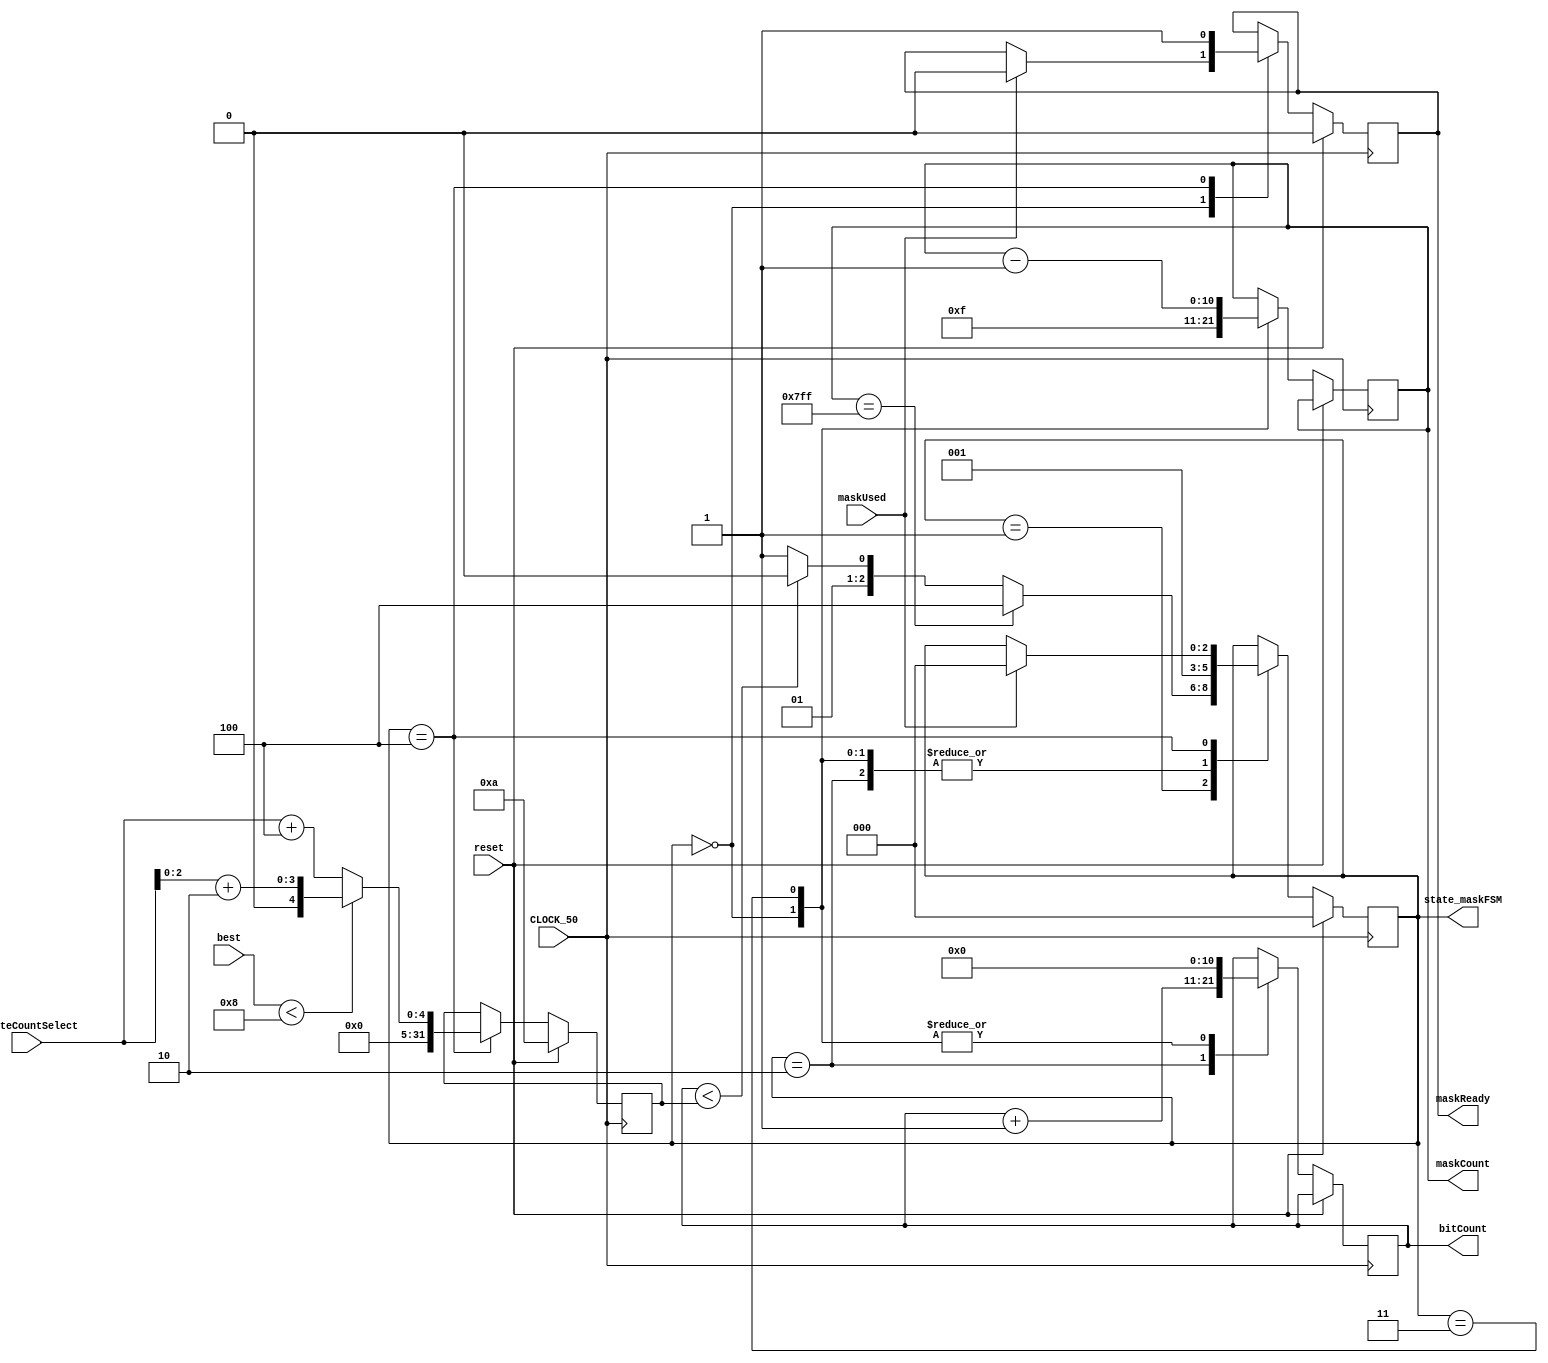
`timescale 1ns/1ns
module maskFSM(CLOCK_50,reset,maskUsed,mutateCountSelect,best,state_maskFSM,maskReady,bitCount,maskCount);
parameter geneBit = 80;
parameter mutationMaskCount = 16;
parameter bitCountMutate = 7;
parameter mutateCountSelectBit = 4;
parameter primaryInputCount = 8;

parameter initial_maskFSM = 3'b000,
			 bitChange_maskFSM = 3'b001,
			 bitCount_maskFSM = 3'b010,
			 maskCount_maskFSM = 3'b011,
			 maskReady_maskFSM = 3'b100,
			 finished_maskFSM = 3'b101;
			 
			 
input CLOCK_50,reset,maskUsed;
//input []mutateBit;
//input [bitCountMutate-1:0]partialRandom;
input [mutateCountSelectBit-1:0]mutateCountSelect;
//input [bitCountMutate-1:0]partialRandom;
input [primaryInputCount+1:0]best;
output reg [2:0]state_maskFSM;
output reg maskReady;
output reg [10:0]bitCount;
//output reg [7:0]state_maskFSM;
output reg [10:0]maskCount;
//output reg maskReady;

	//reg [2:0]state_maskFSM; 

	integer mutateBit;
	
	//reg outOfBound;

always@(posedge CLOCK_50)begin//mutatebit
  if(reset)begin
		  mutateBit <= 4'd10;//selectGeneBit - bitCountMutate; // halate sabet
		  //mutateBit<=mutateCountSelect; // yek adade random (hanooz adade randomi vojood nadare too reset akhe!!! )
	end else begin
	   if(state_maskFSM==maskReady_maskFSM)begin
	  				if(best<8)begin	// halate moteghayer bara tedad bithaye mutation
						mutateBit<=mutateCountSelect[2:0]+2;//mutateCountSelectBit
					end else begin
						mutateBit<=mutateCountSelect+4; // yek adade random
					end
					//mutateBit<=selectGeneBit-bitCountMutate; // halate sabet bara tedad bit haye mutation
		  end 
	end
end
	
		  
always@(posedge CLOCK_50)begin//maskFSM
	 if(reset)begin
		  state_maskFSM <= initial_maskFSM;
		  maskReady<=0;
		  //outOfBound<=0;

	 end 
	 else begin 
	 
	 case(state_maskFSM)
	 
		initial_maskFSM :
		
			begin
				if(maskUsed)begin
					maskReady<=0;
				end
				maskCount<=mutationMaskCount-1;
				bitCount<=0;
				//for(maskIndex=0;maskIndex<mutationMaskCount;maskIndex=maskIndex+1)begin
					//mutationMask[maskIndex]<=0;
				//end
				state_maskFSM <= bitChange_maskFSM;
				//partialRandom <= RandomNum8192[timer[0+:12]+bitCount +: bitCountMutate];/////
			end
	 
	   bitChange_maskFSM :
		begin
			 //if(partialRandom>=geneBit)begin  
			//	outOfBound<=1;
   		 //end 
			 if(maskCount==11'b11111111111)begin 
				   state_maskFSM <= maskReady_maskFSM;
		    end else if(bitCount< mutateBit)begin
					state_maskFSM <= bitCount_maskFSM;
			 end else begin
				  state_maskFSM <= maskCount_maskFSM;
		    end
		end
			  
		bitCount_maskFSM : 
			
			begin
				/*if(outOfBound)begin
					//mutationMask[maskCount][(randomBit[bitCount +: bitCountMutate])/3]<=1'b1;
					mutationMask[maskCount][partialRandom/3]<=1'b1;
				end else begin
					mutationMask[maskCount][partialRandom]<=1'b1;
				end*/
				bitCount <= bitCount+8'd1;
				state_maskFSM <= bitChange_maskFSM;
				//partialRandom <= RandomNum8192[timer[0+:12]+bitCount +: bitCountMutate];////
				//outOfBound<=0;
			end
			
		maskCount_maskFSM : 
		
			begin
				bitCount <= 0;
				maskCount <= maskCount-1;	
				state_maskFSM <= bitChange_maskFSM;		
			end
			
		maskReady_maskFSM : 
		
			begin
				maskReady<=1;
				if(maskUsed)begin
					state_maskFSM <= initial_maskFSM;
					//if(sortedGenesFitness[0]<8)begin	// halate moteghayer bara tedad bithaye mutation
						//mutateBit<=mutateCountSelect[2:0]+1;//mutateCountSelectBit
					//end else begin
						//mutateBit<=mutateCountSelect; // yek adade random
					//end
					//mutateBit<=selectGeneBit-bitCountMutate; // halate sabet bara tedad bit haye mutation
				end
			end
		default: 
		begin
		end					
	 endcase
	 end//reset
	 end//always
	 
	 endmodule